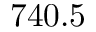
7 4 0 . 5